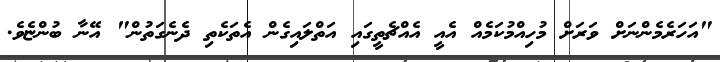
"އަހަރެމެންނަށް ވަރަށް މުހިއްމުކަމެއް އެއީ އެއްޗެތީގައި އަތްލައިގެން އެތަކެތި ދެނެގަތުން" އޭނާ ބުންޏެވެ.